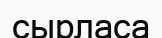
сырласа